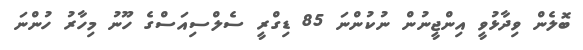
ބޮލެން ވިދާޅުވީ އިންޖީނުން ނުކުންނަ 85 ޑިގްރީ ސެލްސިއަސްގެ ހޫނު މިހާރު ހުންނަ